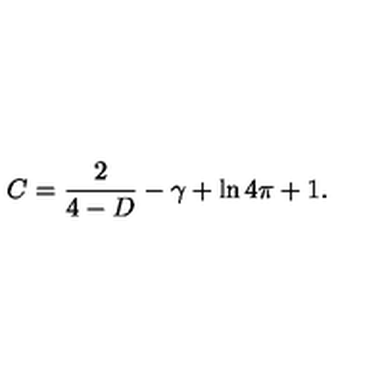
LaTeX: C = \frac { 2 } { 4 - D } - \gamma + \ln 4 \pi + 1 .